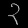
Digit: ၃